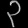
Digit: ၃